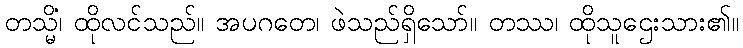
တသ္မိံ၊ ထိုလင်သည်။ အပဂတေ၊ ဖဲသည်ရှိသော်။ တဿ၊ ထိုသူဌေးသား၏။